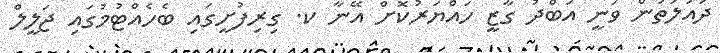
ދައުލަތުން ވަނީ އަބްދު ގާޒީ ހައްޔަރުކޮށް އޭނާ ކ. ގިރިފުށީގައި ބެހެއްޓުމުގައި ޖަލީލް